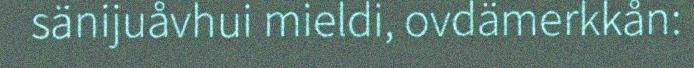
sänijuåvhui mieldi, ovdämerkkån: